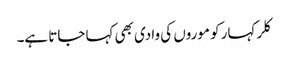
کلر کہار کو موروں کی وادی بھی کہا جاتا ہے۔